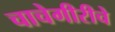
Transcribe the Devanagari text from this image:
चाचेगीरीचे